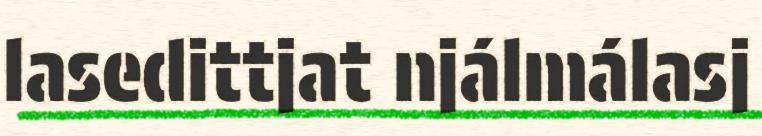
lasedittjat njálmálasj